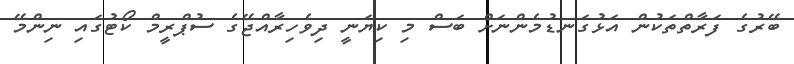
ބޭރުގެ ފަރާތްތަކުން އަޅުގަނޑުމެންނަށް ބަސް މި ކިޔަނީ ދިވެހިރާއްޖޭގެ ސުޕްރީމް ކޯޓުގައި ނިންމޭ